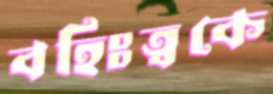
বহিঃত্বকে